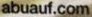
abuauf.com